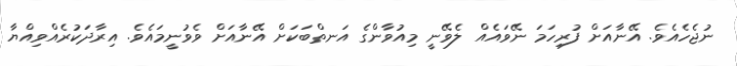
ނުޖެހެއެވެ. އޭނާއަށް ފުރިހަމަ ނޭވައެއް ލެވޭނީ މިއުވާންގެ އަނތްބަކަށް އޭނާއަށް ވެވުނީމައެވެ. އިރާދަކުރެއްވިއްޔާ